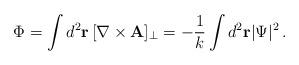
LaTeX: \begin{align*}\Phi=\int d^{2}{\bf r}\,[\nabla \times {\bf A}]_{\perp}=-{\frac {1} {k}}\int d^{2}{\bf r}|\Psi|^{2} \, .\end{align*}